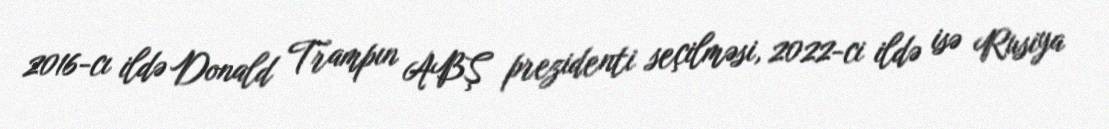
2016-cı ildə Donald Trampın ABŞ prezidenti seçilməsi, 2022-ci ildə isə Rusiya